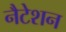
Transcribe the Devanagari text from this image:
नैटेशन